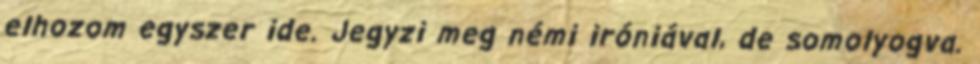
elhozom egyszer ide. Jegyzi meg némi iróniával, de somolyogva.